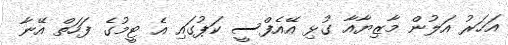
އަހަރު އަލުން މާޒިޔާއާ ގުޅި އޭއެފްސީ ކަޕުގައި އެ ޓީމުގެ ފަހަތް އޭނާ